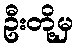
ဦးတို့မှ